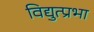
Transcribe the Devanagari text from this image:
विद्युत्प्रभा